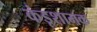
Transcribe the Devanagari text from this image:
कंडूशामक